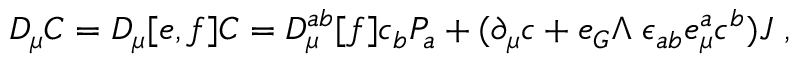
D _ { \mu } C = D _ { \mu } [ e , f ] C = { \cal D } _ { \mu } ^ { a b } [ f ] c _ { b } P _ { a } + ( \partial _ { \mu } c + e _ { G } \Lambda \; \epsilon _ { a b } e _ { \mu } ^ { a } c ^ { b } ) J \; ,